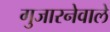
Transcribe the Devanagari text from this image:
गुजारनेवाले